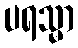
ပရသ္မာ